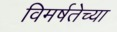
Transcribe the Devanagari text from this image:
विमर्षतेच्या